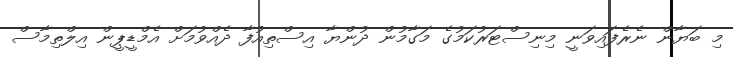
މި ބަޔާން ނެރެފައިވަނީ މިނިސްޓަރުކަމުގެ މަގާމުން ދުންޔާ އިސްތިއުފާ ދެއްވުމަށް އެމްޑީޕީން އިލްތިމާސް